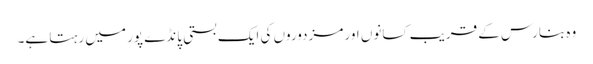
وہ بنارس کے قریب کسانوں اور مزدوروں کی ایک بستی پانڈے پور میں رہتا ہے۔